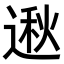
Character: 𫐵